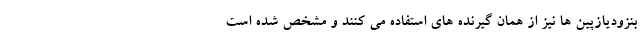
بنزودیازپین ها نیز از همان گیرنده های استفاده می کنند و مشخص شده است